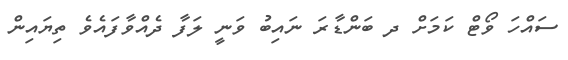
ސަައްހަ ވޯޓް ކަމަށް ދ ބަންޑާރަ ނައިބު ވަނީ ލަފާ ދެއްވާފައެވެ ތިޔައިން